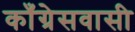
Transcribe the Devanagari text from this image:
काँग्रेसवासी